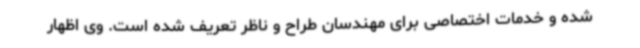
شده و خدمات اختصاصی برای مهندسان طراح و ناظر تعریف شده است. وی اظهار